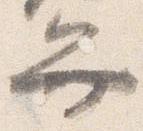
弁